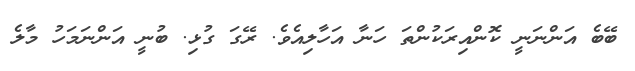
ބޭބެ އަންނަނީ ކޮންއިރަކުންތަ ހަނާ އަހާލިއެވެ. ރޭގަ ގުޅި. ބުނީ އަންނަމަހު މާލެ